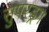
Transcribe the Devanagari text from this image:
सुपरड्रग